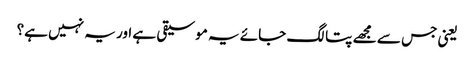
یعنی جس سے مجھے پتا لگ جائے یہ موسیقی ہے اور یہ نہیں ہے؟